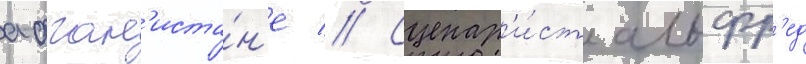
афган'иста́н'е // Сценар'и́ст альфр'ед